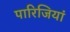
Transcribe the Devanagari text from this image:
पारिजियां